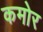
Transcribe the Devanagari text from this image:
कमोर